Annual report on the working of the mental hospitals in the Madras Presidency - 1912-1932
Year: 1912
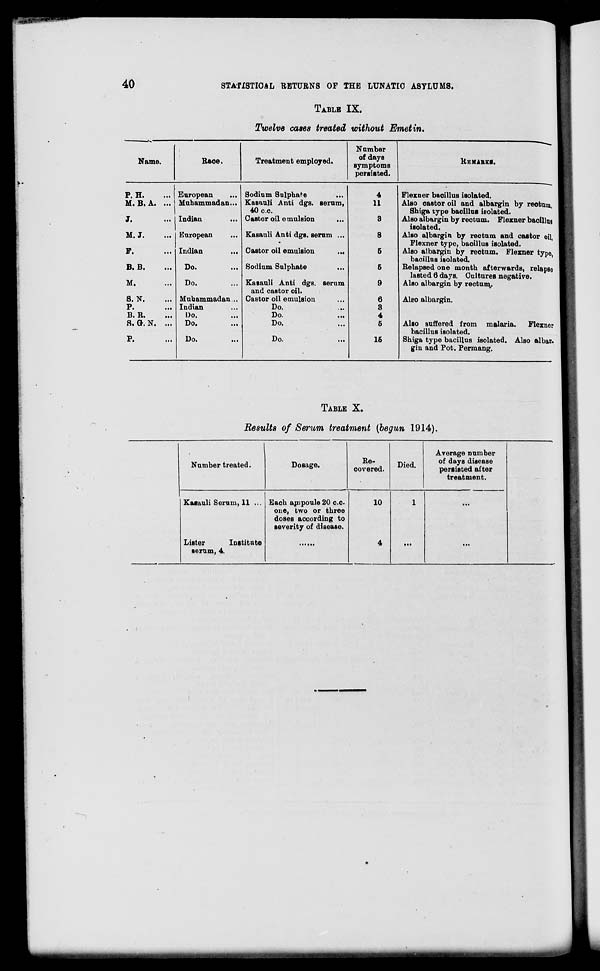
40
STATISTICAL RETURNS OF THE LUNATIC ASYLUMS.
TABLE IX.
Twelve cases treated without Emetin.
Name.
P. H. ...
M. B. A. ...
J. ...
M. J.
...
F.
...
B. B.
...
M. ...
S. N. ...
P. ...
B. R.
...
S. G. N. ...
P. ...
Race.
European ...
Muhammadan ...
Indian ...
European ...
Indian
...
Do. ...
Do. ...
Muhammadan...
Indian ...
Do. ...
Do. ...
Do. ...
Treatment employed.
Sodium Sulphate
...
Kasauli Anti dgs. serum,
40 c.c.
Castor oil emulsion
Kasauli Anti dgs. serum ...
Castor oil emulsion
...
Sodium Sulphate ...
Kasauli Anti dgs. serum
and castor oil.
Castor oil emulsion ...
Do. ...
Do. ...
Do. ...
Do. ...
Number
of days
symptoms
persisted.
4
11
3
8
5
5
9
6
3
4
5
15
REMARKS.
Flexner bacillus isolated.
Also castor oil and albargin by rectum,
Shiga type bacillus isolated.
Also albargin by rectum. Flexner bacillus
isolated.
Also albargin by rectum and castor oil,
Flexner type, bacillus isolated.
Also albargin by rectum. Flexner type,
bacillus isolated.
Relapsed one month afterwards, relapse
lasted 6 days. Cultures negative.
Also albargin by rectum.
Also albargin.
Also suffered from malaria.
Flexner
bacillus isolated.
Shiga type bacillus isolated. Also albar-
gin and Pot. Permang.
TABLE X.
Results of Serum treatment (begun 1914).
Number treated.
Kasauli Serum, 11 ...
Lister
Institute
serum, 4.
Dosage.
Each ampoule 20 c.c.
one, two or three
doses according to
severity of disease.
......
Re-
covered.
10
4
Died.
1
...
Average number
of days disease
persisted after
treatment.
...
...